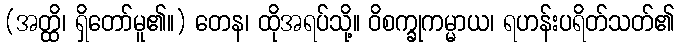
(အတ္ထိ၊ ရှိတော်မူ၏။) တေန၊ ထိုအရပ်သို့။ ဝိစက္ခုကမ္မာယ၊ ရဟန်းပရိတ်သတ်၏